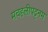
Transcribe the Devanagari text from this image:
मचहलीपट्टनम